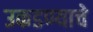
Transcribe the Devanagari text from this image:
उकडण्याचे